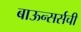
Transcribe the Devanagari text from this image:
बाऊन्सर्सची